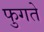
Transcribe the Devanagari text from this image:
फुगते